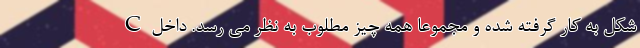
C شکل به کار گرفته شده و مجموعا همه چیز مطلوب به نظر می رسد. داخل